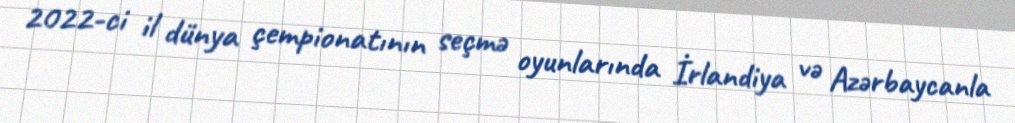
2022-ci il dünya çempionatının seçmə oyunlarında İrlandiya və Azərbaycanla